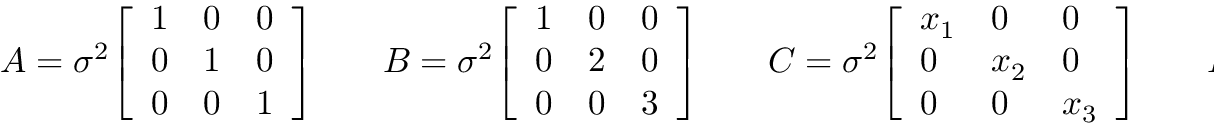
A = \sigma ^ { 2 } { \left[ \begin{array} { l l l } { 1 } & { 0 } & { 0 } \\ { 0 } & { 1 } & { 0 } \\ { 0 } & { 0 } & { 1 } \end{array} \right] } \; \; \; \; \; \; \; B = \sigma ^ { 2 } { \left[ \begin{array} { l l l } { 1 } & { 0 } & { 0 } \\ { 0 } & { 2 } & { 0 } \\ { 0 } & { 0 } & { 3 } \end{array} \right] } \; \; \; \; \; \; \; C = \sigma ^ { 2 } { \left[ \begin{array} { l l l } { x _ { 1 } } & { 0 } & { 0 } \\ { 0 } & { x _ { 2 } } & { 0 } \\ { 0 } & { 0 } & { x _ { 3 } } \end{array} \right] } \; \; \; \; \; \; \; D = \sigma ^ { 2 } { \left[ \begin{array} { l l l } { 1 } & { \rho } & { \rho ^ { 2 } } \\ { \rho } & { 1 } & { \rho } \\ { \rho ^ { 2 } } & { \rho } & { 1 } \end{array} \right] }